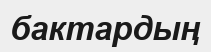
бактардың